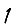
Digit: 1